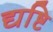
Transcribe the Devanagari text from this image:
द्यष्टि